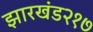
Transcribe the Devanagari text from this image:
झारखंड२१७